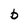
Character: b